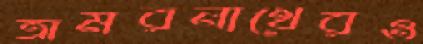
অমরনাথেরও